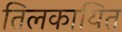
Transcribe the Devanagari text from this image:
तिलकायित